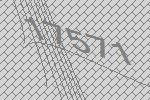
17571